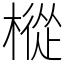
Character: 樅